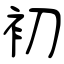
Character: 初